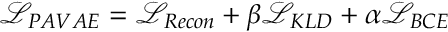
\begin{array} { r } { \mathcal { L } _ { P A V A E } = \mathcal { L } _ { R e c o n } + \beta \mathcal { L } _ { K L D } + \alpha \mathcal { L } _ { B C E } } \end{array}